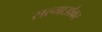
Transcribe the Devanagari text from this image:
सल्गाओकर